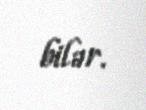
bilər.